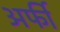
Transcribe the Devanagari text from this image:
अर्फी